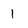
Character: 1